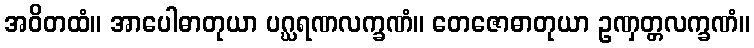
အဝိတထံ။ အာပေါဓာတုယာ ပဂ္ဃရဏလက္ခဏံ။ တေဇောဓာတုယာ ဥဏှတ္တလက္ခဏံ။